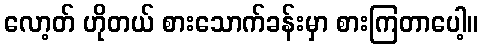
လော့တ် ဟိုတယ် စားသောက်ခန်းမှာ စားကြတာပေါ့။